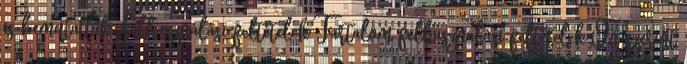
is bemutatták Felhasználási feltételek Tartalom felhasználási feltételek Ön szerint